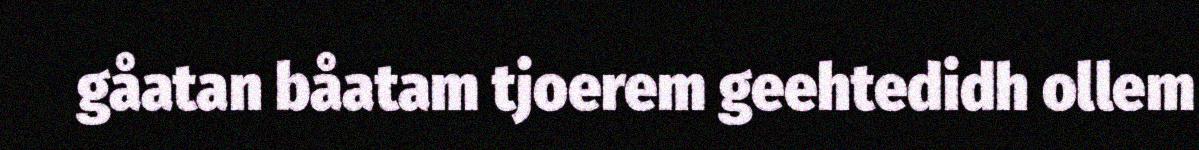
gåatan båatam tjoerem geehtedidh ollem